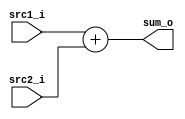
// Class: 109  
module Adder( src1_i, src2_i, sum_o	);

//I/O ports
input	[32-1:0] src1_i;
input	[32-1:0] src2_i;
output	[32-1:0] sum_o;

//Internal Signals
wire	[32-1:0] sum_o;
    
//Main function
assign sum_o = src1_i + src2_i;


endmodule